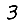
Digit: 3